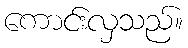
ကောင်းလှသည်။